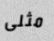
مثلى